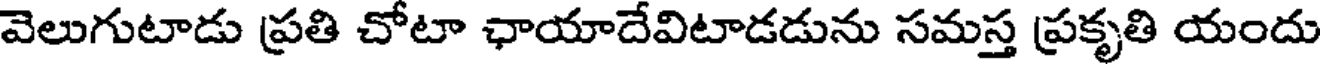
వెలుగుటాడు ప్రతి చోటా ఛాయాదేవిటాడడును సమస్త ప్రకృతి యందు